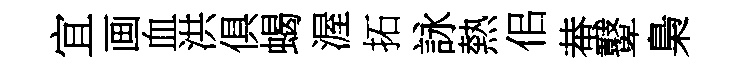
宜画血洪俱蝎渥拓詠熱佀蛬鼙梟